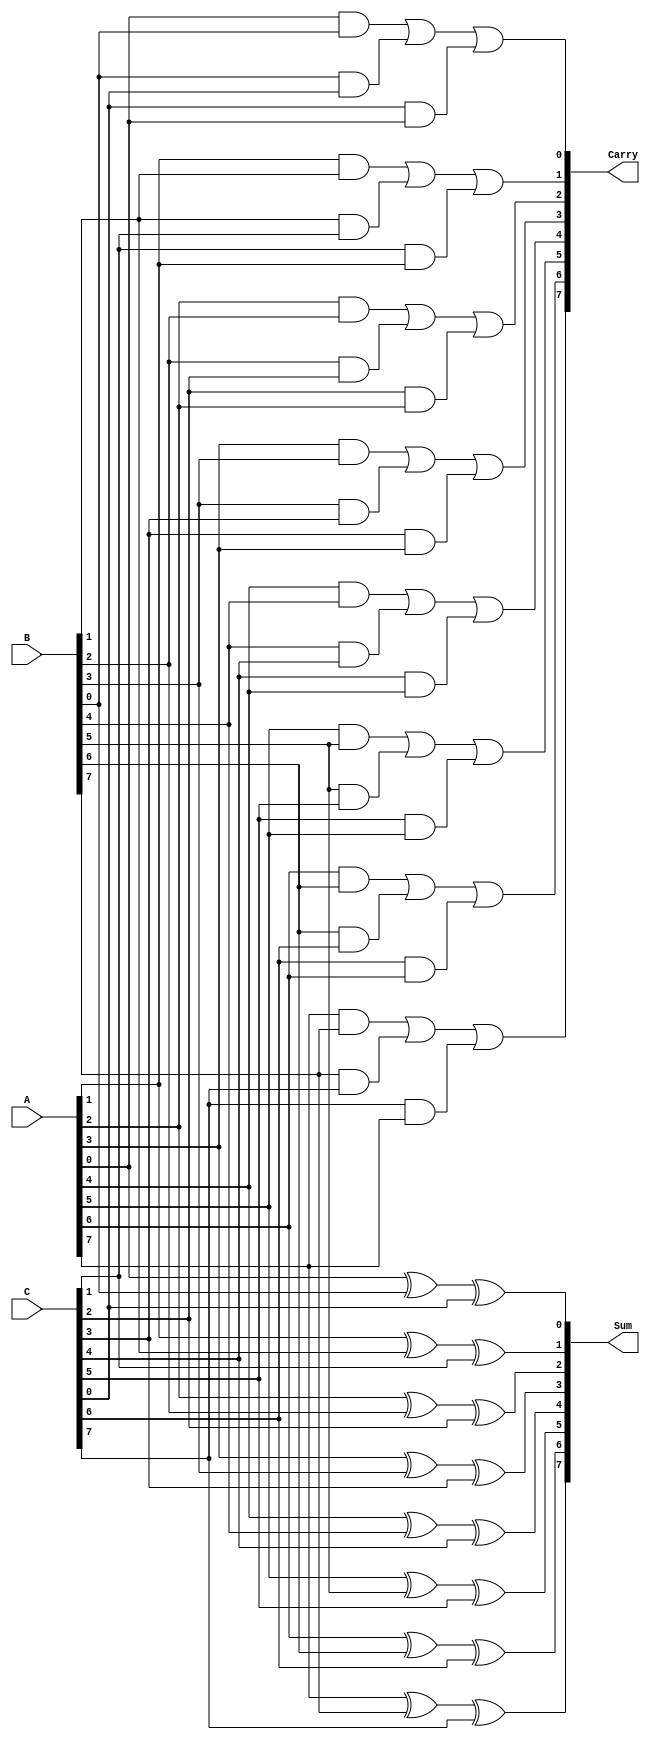
module carry_save_adder #(
    parameter N = 8  // You can change N to any desired bit-width
)(
    input  [N-1:0] A, // First operand
    input  [N-1:0] B, // Second operand
    input  [N-1:0] C, // Third operand
    output [N-1:0] Sum, // Sum output
    output [N-1:0] Carry // Carry output
);
    // Generate the sum and carry for each bit position
    genvar i;
    generate
        for (i = 0; i < N; i = i + 1) begin : CSA
            assign Sum[i] = A[i] ^ B[i] ^ C[i]; // Sum calculation
            assign Carry[i] = (A[i] & B[i]) | (B[i] & C[i]) | (C[i] & A[i]); // Carry calculation
        end
    endgenerate
endmodule